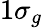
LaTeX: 1\sigma_{g}